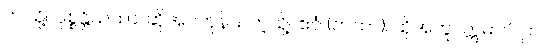
ဤသို့။ ဝုစ္စန္တိယထာ၊ ဆိုအပ်ကုန်သကဲ့သို့။ ဧဝံ (တထာ)၊ ထိုအတူ။ ဣဓာပိ၊ ဤ